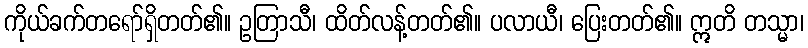
ကိုယ်ခက်တရော်ရှိတတ်၏။ ဥတြာသီ၊ ထိတ်လန့်တတ်၏။ ပလာယီ၊ ပြေးတတ်၏။ ဣတိ တသ္မာ၊